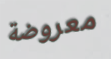
معروضة